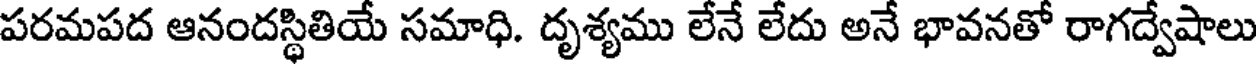
పరమపద ఆనందస్థితియే సమాధి. దృశ్యము లేనే లేదు అనే భావనతో రాగద్వేషాలు